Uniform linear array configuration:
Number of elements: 24
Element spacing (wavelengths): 0.25
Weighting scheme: uniform
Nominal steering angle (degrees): -15
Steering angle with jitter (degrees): -14.17
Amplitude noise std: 0.05
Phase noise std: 0.05

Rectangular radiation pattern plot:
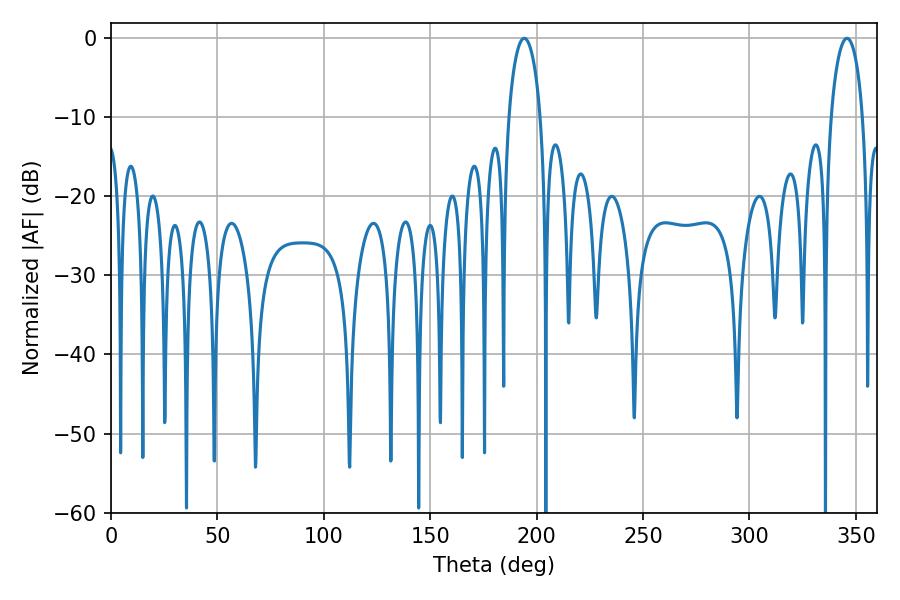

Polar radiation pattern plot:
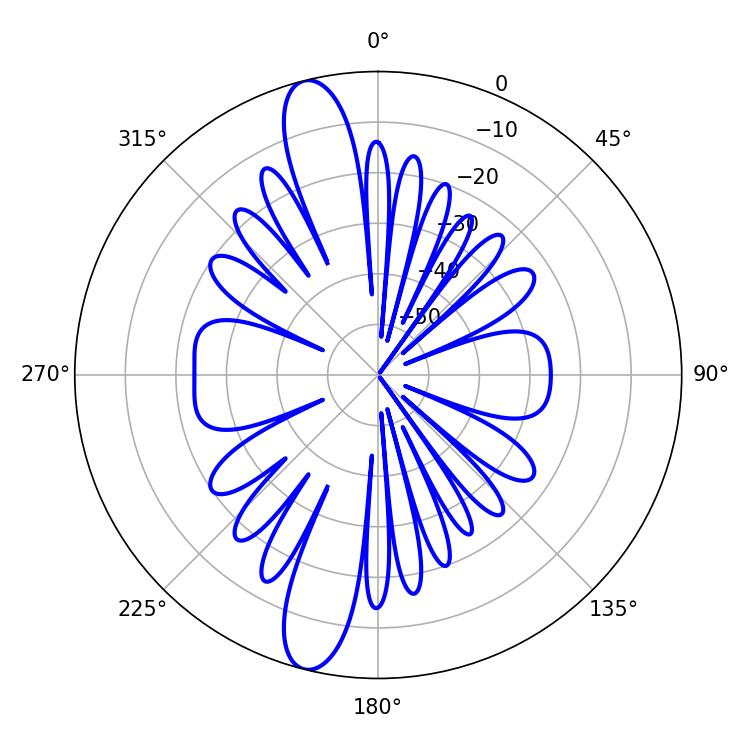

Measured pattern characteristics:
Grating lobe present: FALSE
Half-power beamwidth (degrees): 8.64
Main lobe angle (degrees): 194.22